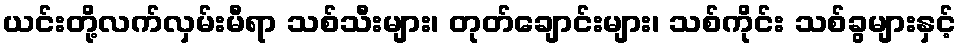
ယင်းတို့လက်လှမ်းမီရာ သစ်သီးများ၊ တုတ်ချောင်းများ၊ သစ်ကိုင်း သစ်ခွများနှင့်